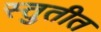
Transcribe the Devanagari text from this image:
स्तुतीत